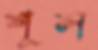
শূল